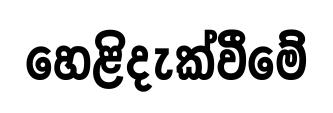
හෙළිදැක්වීමේ